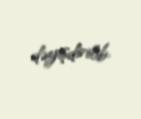
dəyişdirilib.